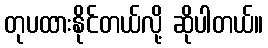
တုပထားနိုင်တယ်လို့ ဆိုပါတယ်။